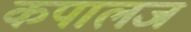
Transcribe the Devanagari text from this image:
कपालज